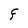
Character: F